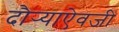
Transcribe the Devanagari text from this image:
दौर्‍याऐवजी